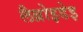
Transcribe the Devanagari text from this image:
लैब्रोइडेइ